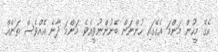
އެގޭ މީހުން މަންމަ އެގޭގައި ހުންނަން ބޭނުންނުވީއެވެ. މަންމަ ދާނެ އެއްވެސް ތަނެއް